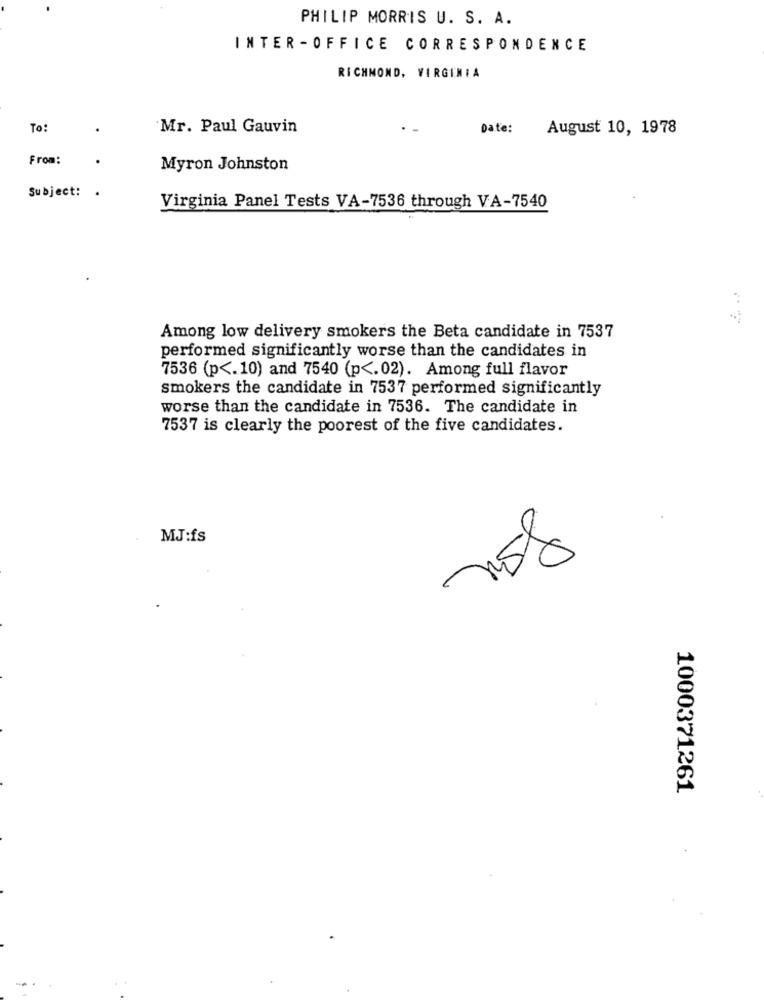
PHILIP MORRIS U. S. A.
INTER -OFFICE CORRESPONDENCE
RICHMOND, VIRGINIA
To:
Mr. Paul Gauvin
Date:
August 10, 1978
From:
Myron Johnston
Subject: .
Virginia Panel Tests VA-7536 through VA-7540
Among low delivery smokers the Beta candidate in 7537
performed significantly worse than the candidates in
7536 (p <. 10) and 7540 (p <. 02). Among full flavor
smokers the candidate in 7537 performed significantly
worse than the candidate in 7536. The candidate in
7537 is clearly the poorest of the five candidates.
MJ:fs
158
1000371261